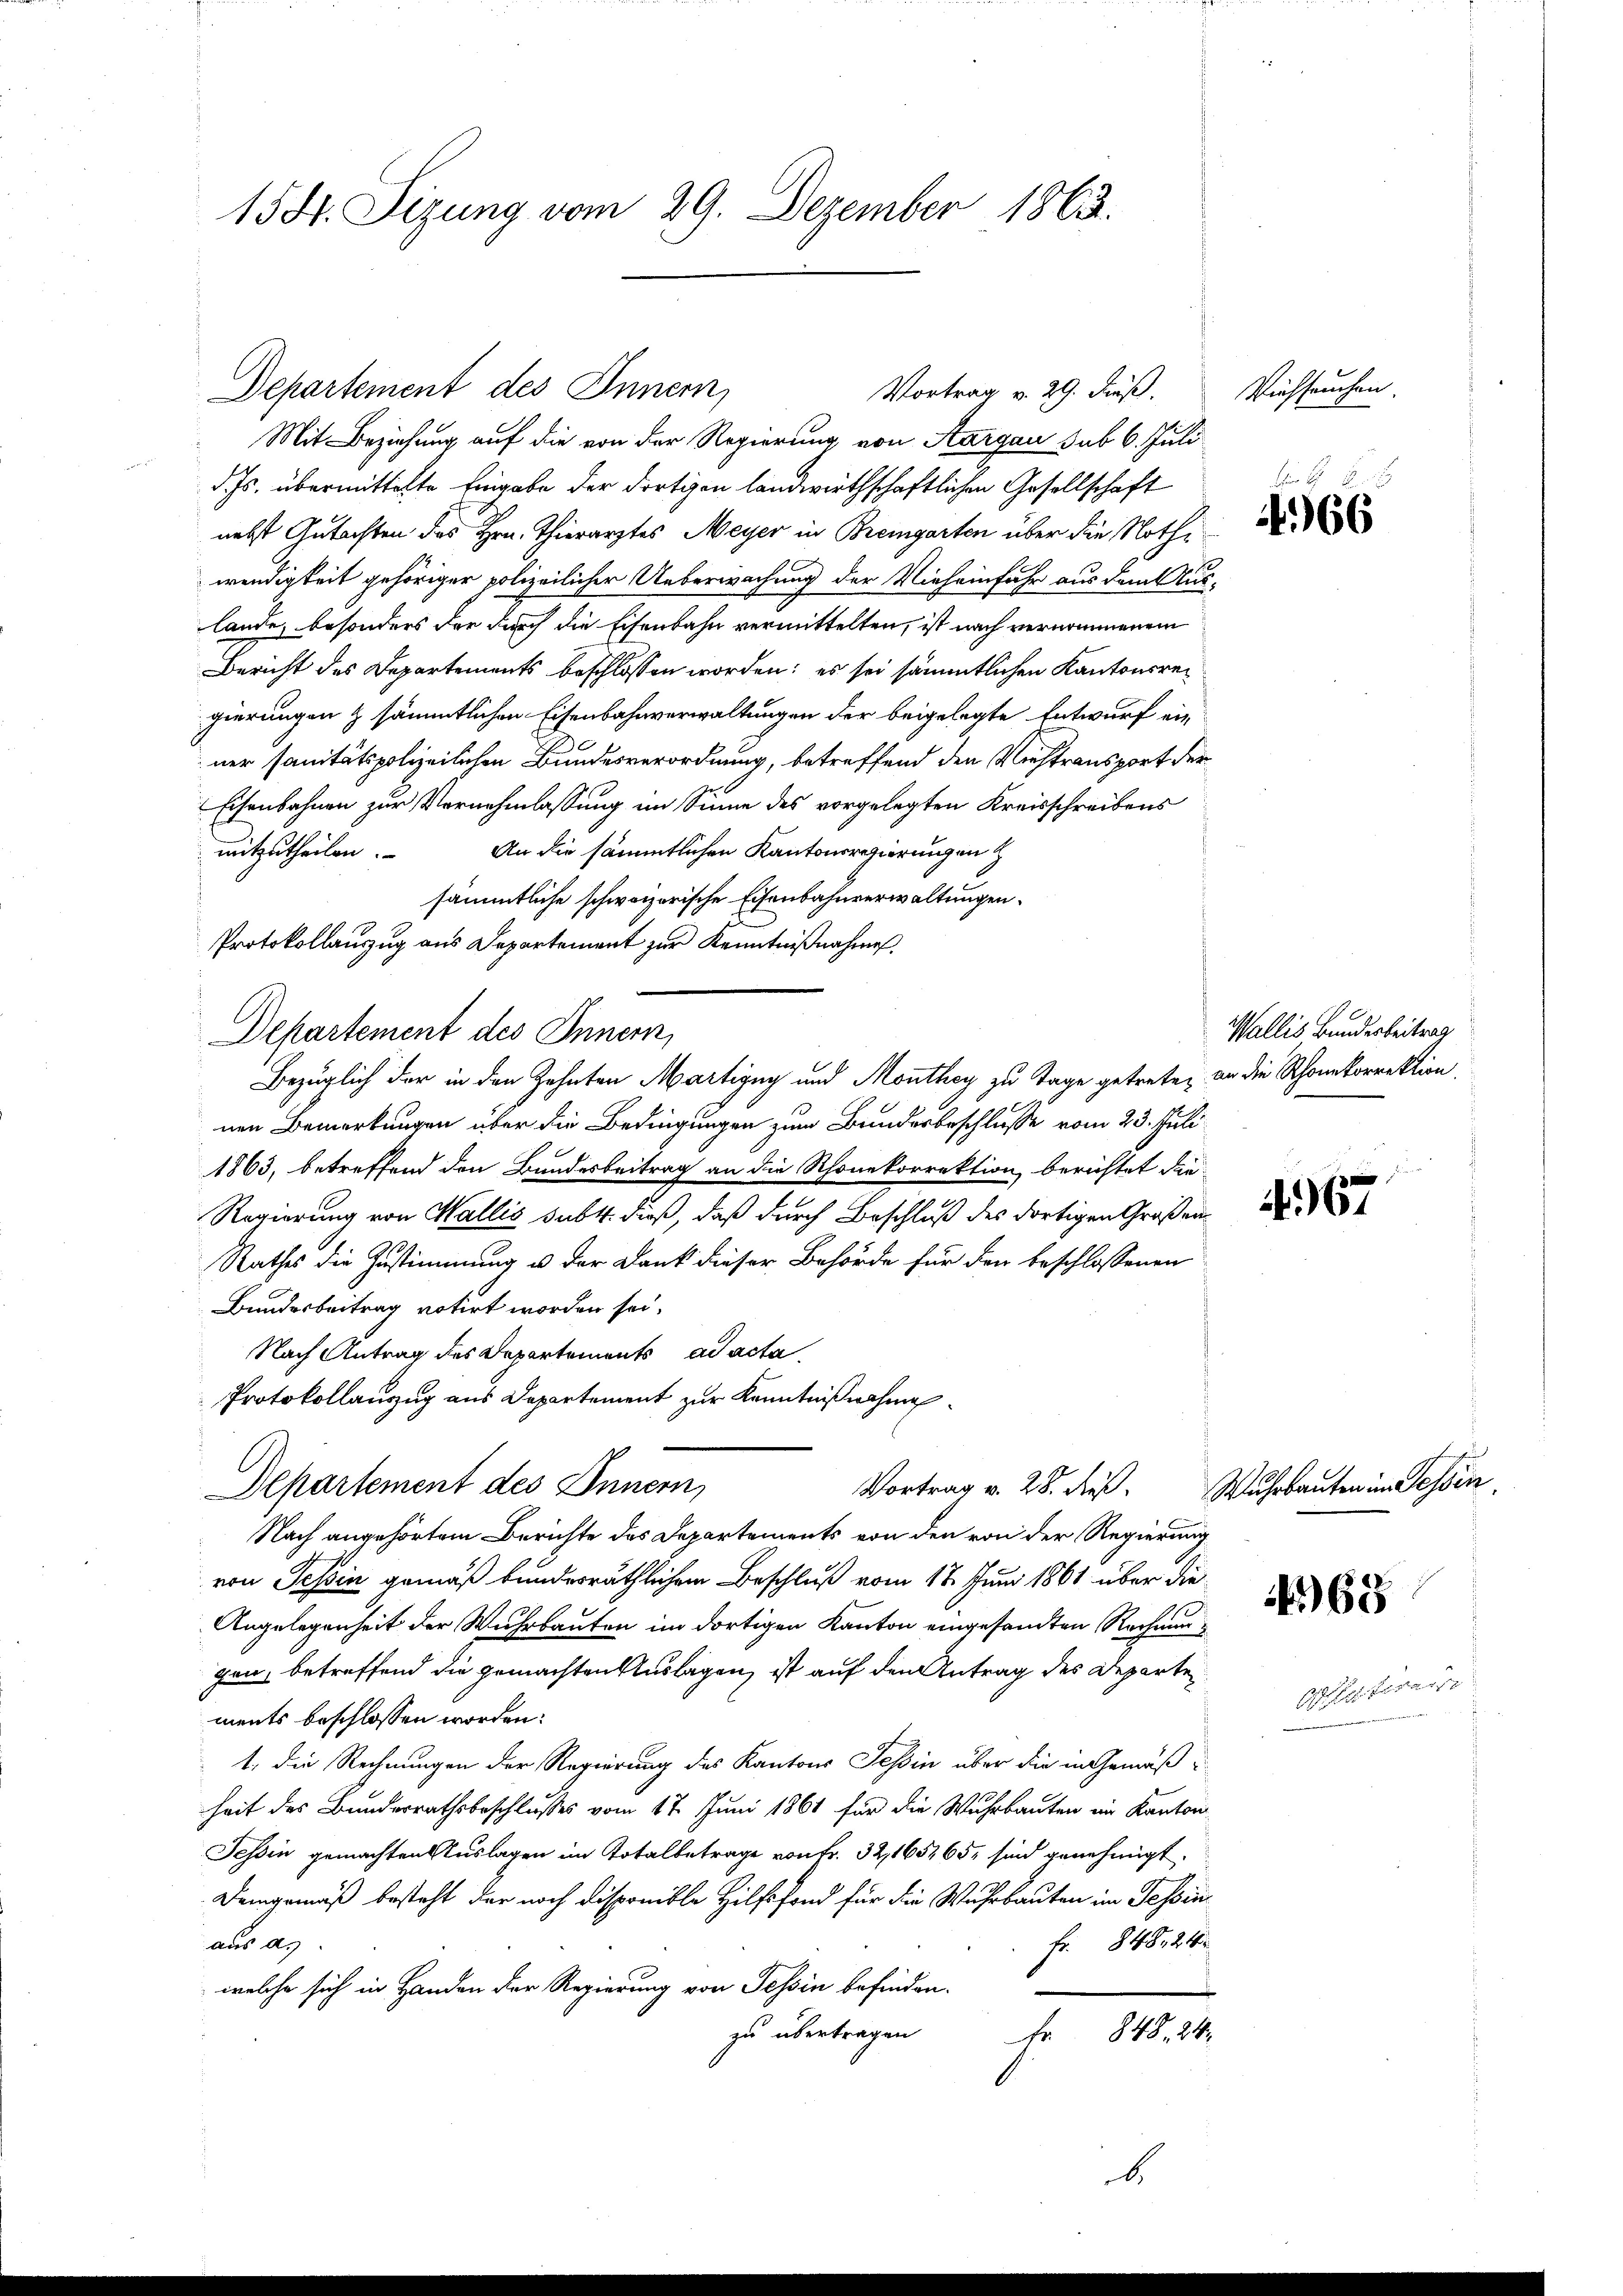
155. Sizung vom 29. Dezember 1863.

Departement des Innern,
Vortrag v. 29. Fuß,

Departement des Innern,
Bezüglich der in den Zehnten Martigny und Monthey zu Tage getreten an die Rhonkorrektion,

Mit Beziehung auf die von der Regierung von Aargau sub 6. Juli
d. Js. übermittelte Eingabe der dortigen landwirthschaftlichen Gesellschaft
nebst Gutachten des Hrn. Thierarztes Meyer in Bremgarten über die Nothiwendigkeit gehöriger polizeilicher Ueberwachung der Vieheinfahr aus dem Auslande, besonders der durch die Eisenbahn vermittelten, ist nach vernommenem
Bericht des Departements beschlossen worden; es sei sämmtlichen Kantonsrec
gierungen & sämmtlichen Eisenbahnverwaltungen der beigelegte Entwurf ein
ner sanitätspolizeilichen Bundesverordnung, betreffend den Viehtransport der
Eisenbahnen zur Vernehmlassung im Sinne des vorgelegten Kreisschreibens
mitzutheilen. An die sämmtlichen Kantonsregierungen
sämmtliche schweizerische Eisenbahnverwaltungen.
Protokollauszug aus Departement zur Kenntnißnahmen.
nen Bemerkungen über die Bedingungen zum Bundesbeschlusse vom 23. Juli
1863, betreffend den Bundesbeitrag an die Rhonekorrektion berichtet die
Regierung von Wallis subt. dieß, daß durch Beschluß des dortigen Großen¬
Rathes die Zustimmung u. der Dank dieser Behörde für den beschlossenen
Bundesbeitrag votirt worden sei.
Nach Antrag des Departements ad acta
Protokollauszug aus Departement zur Kenntnißnahme
Departement des Innern,
Vortrag v. 28. dieß.
Nach angehörtem Berichte des Departements von den von der Regierung
von Tessin gemäß bundesräthlichem Beschluß vom 17. Juni 1861 über die
Angelegenheit der Wuhrbauten im dortigen Kanton eingesandten Rechnungen, betreffend die gemachten Auslagen, ist auf den Antrag des Departe
ments beschlossen worden:
1. die Rechnungen der Regierung des Kantons Tessin über die in Gemäßheit des Bundesrathsbeschlußes vom 17. Juni 1861 für die Wuhrbauten im Kanton
Tessin gemachten Auslagen im Totalbetrage von Fr. 32,165465, sind genehmigt.
Demgemäß besteht der noch Disponible Hilfsfond für die Wuhrbauten im Tessin
aus as
Fr. 848. 24
welche sich in Handen der Regierung von Tessin befinden.
zu übertragen
Fr. 1848. 24.

Viehseuchen.

66

Wallis Bundesbeitrag

4967

Wuhrbauten in Tessin

65

Pfisternis